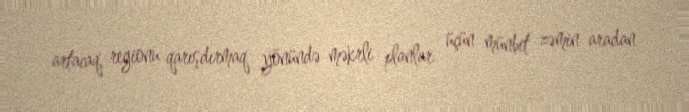
artacaq, regionu qarışdırmaq yönündə məkrli planlar üçün münbit zəmin aradan